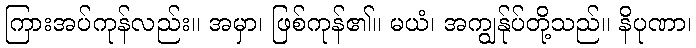
ကြားအပ်ကုန်လည်း။ အမှာ၊ ဖြစ်ကုန်၏။ မယံ၊ အကျွန်ုပ်တို့သည်။ နိပုဏာ၊